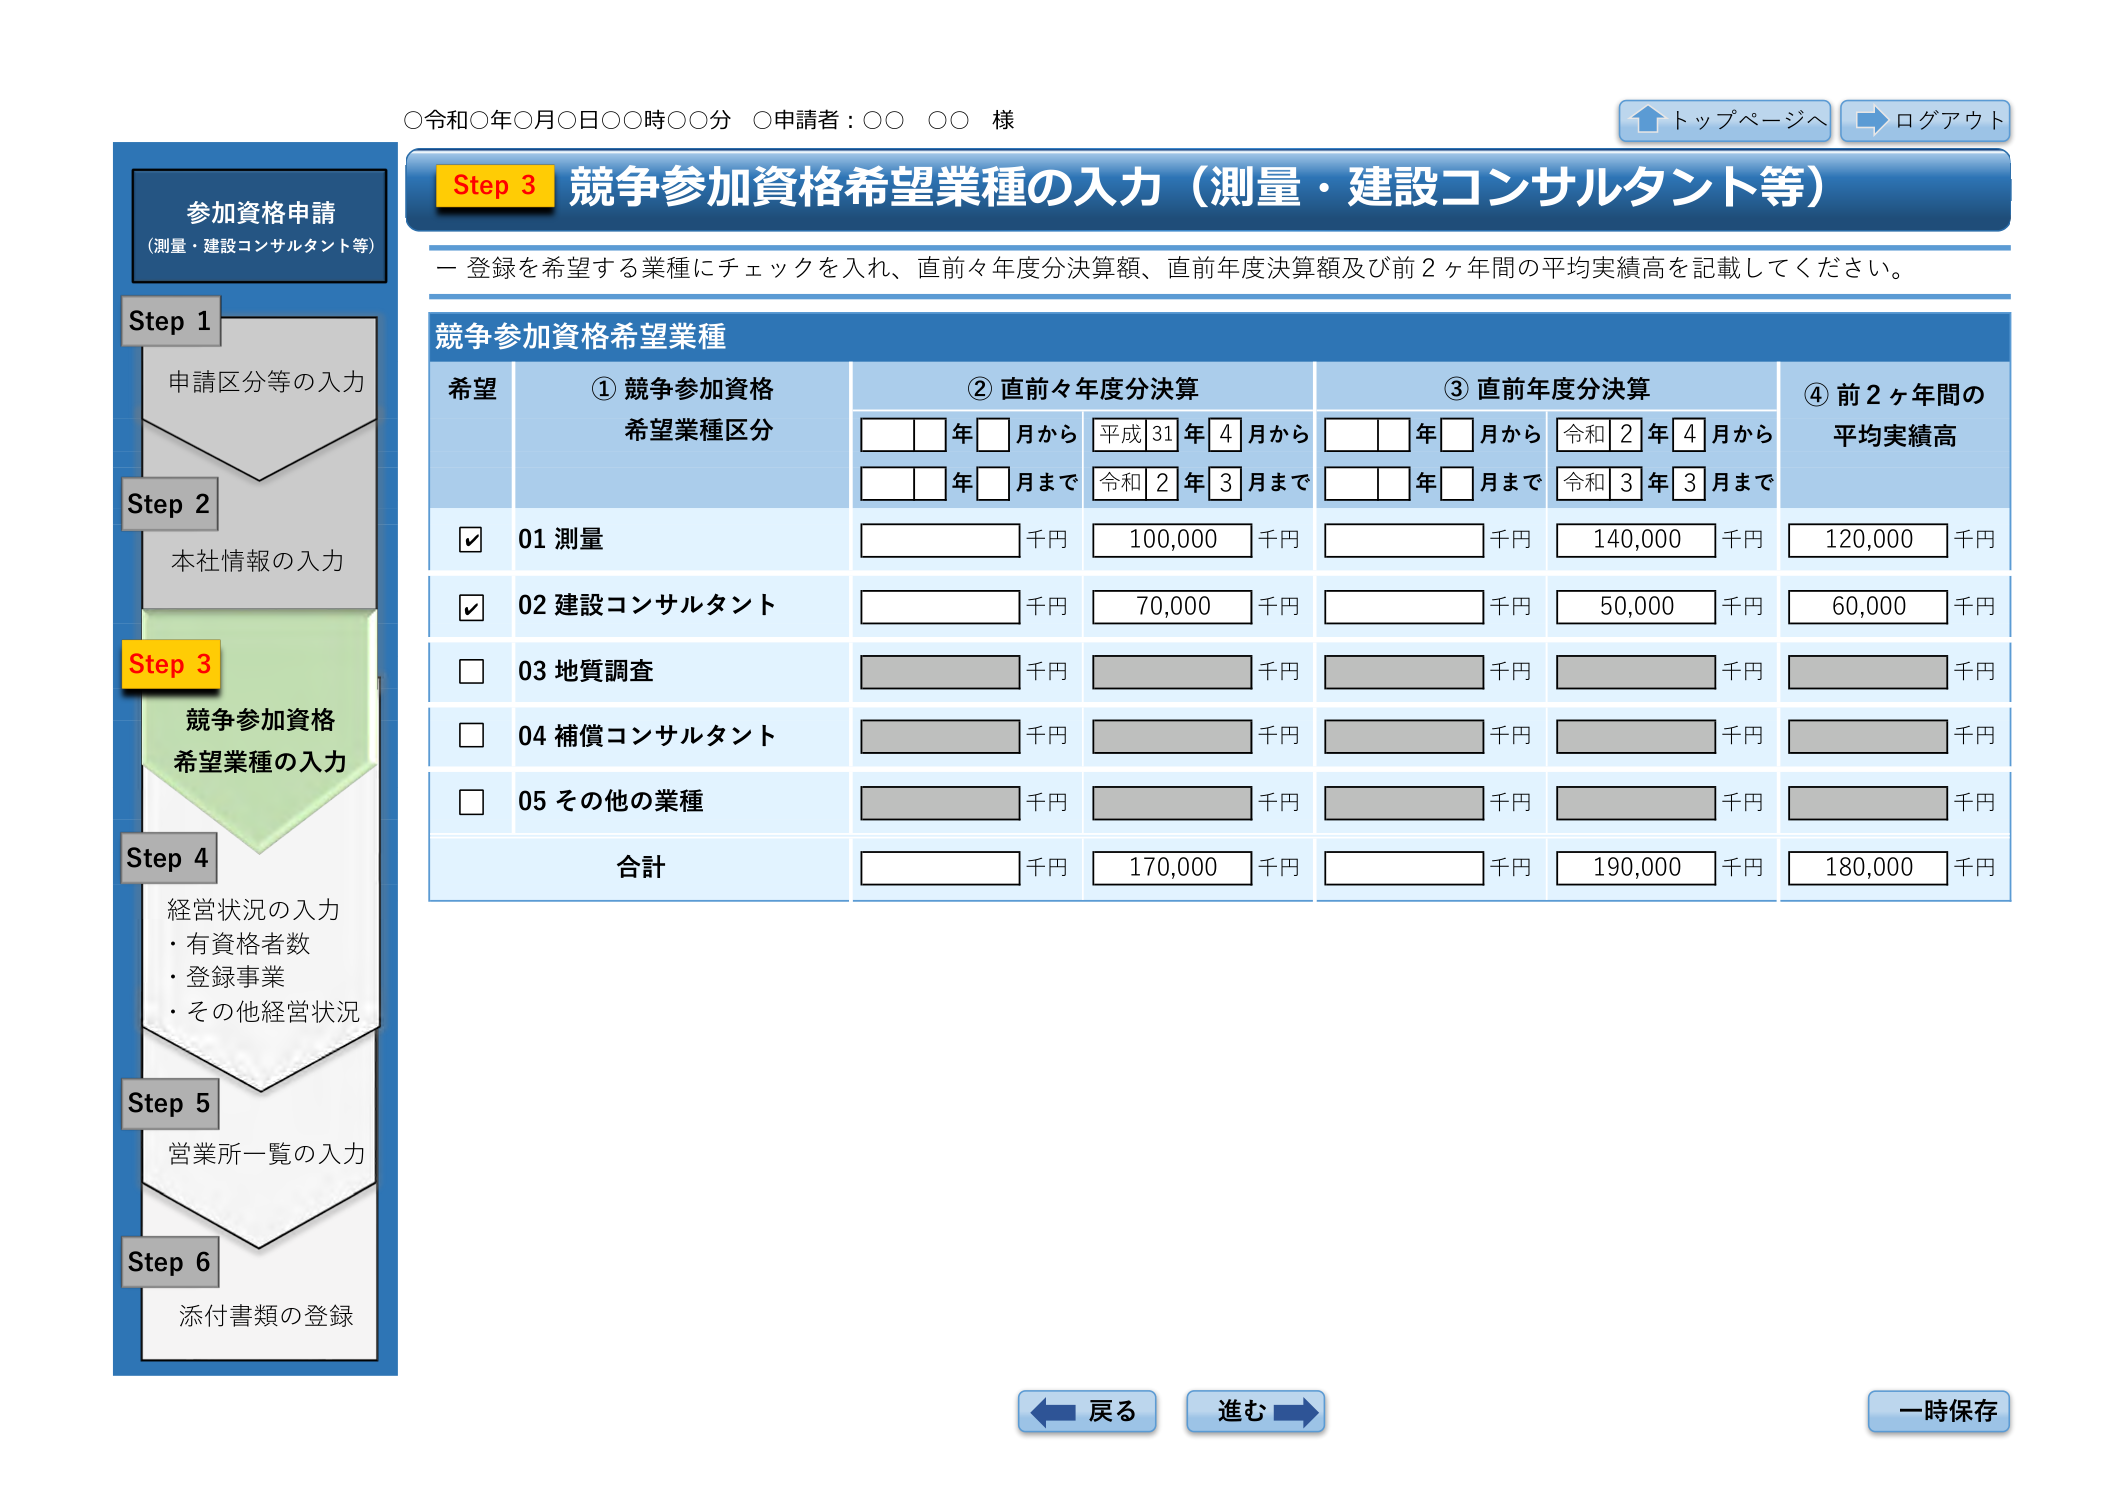
○令和○年○月○日○○時○○分 ○申請者：○○ ○○ 様

トップページへ
ログアウト

参加資格申請
（測量・建設コンサルタント等）

Step 1
申請区分等の入力

Step 2
本社情報の入力

Step 3
競争参加資格
希望業種の入力

Step 4
経営状況の入力
・有資格者数
・登録事業
・その他経営状況

Step 5
営業所一覧の入力

Step 6
添付書類の登録

Step 3 競争参加資格希望業種の入力（測量・建設コンサルタント等）

ー 登録を希望する業種にチェックを入れ、直前々年度分決算額、直前年度決算額及び前2ヶ年間の平均実績高を記載してください。

競争参加資格希望業種

希望 ① 競争参加資格希望業種区分 ② 直前々年度分決算 ③ 直前年度分決算 ④ 前2ヶ年間の平均実績高

年□月から 平成31年4月から □□年□月から 令和2年4月から
年□月まで 令和2年3月まで □□年□月まで 令和3年3月まで

☑ 01 測量 □□□□□ 千円 100,000 千円 □□□□□ 千円 140,000 千円 120,000 千円

☑ 02 建設コンサルタント □□□□□ 千円 70,000 千円 □□□□□ 千円 50,000 千円 60,000 千円

□ 03 地質調査 □□□□□ 千円 □□□□□ 千円 □□□□□ 千円 □□□□□ 千円 □□□□□ 千円

□ 04 補償コンサルタント □□□□□ 千円 □□□□□ 千円 □□□□□ 千円 □□□□□ 千円 □□□□□ 千円

□ 05 その他の業種 □□□□□ 千円 □□□□□ 千円 □□□□□ 千円 □□□□□ 千円 □□□□□ 千円

合計 □□□□□ 千円 170,000 千円 □□□□□ 千円 190,000 千円 180,000 千円

戻る
進む
一時保存